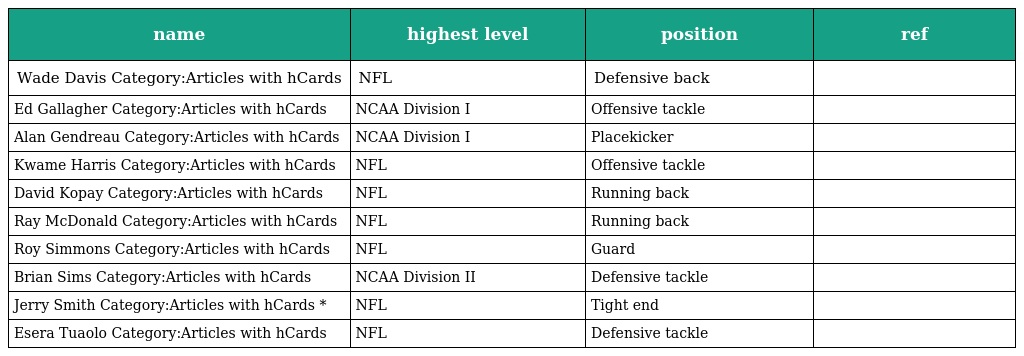
| name | highest level | position | ref |
 | --- | --- | --- | --- |
 | Wade Davis Category:Articles with hCards | NFL | Defensive back |  |
 | Ed Gallagher Category:Articles with hCards | NCAA Division I | Offensive tackle |  |
 | Alan Gendreau Category:Articles with hCards | NCAA Division I | Placekicker |  |
 | Kwame Harris Category:Articles with hCards | NFL | Offensive tackle |  |
 | David Kopay Category:Articles with hCards | NFL | Running back |  |
 | Ray McDonald Category:Articles with hCards | NFL | Running back |  |
 | Roy Simmons Category:Articles with hCards | NFL | Guard |  |
 | Brian Sims Category:Articles with hCards | NCAA Division II | Defensive tackle |  |
 | Jerry Smith Category:Articles with hCards * | NFL | Tight end |  |
 | Esera Tuaolo Category:Articles with hCards | NFL | Defensive tackle |  |